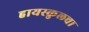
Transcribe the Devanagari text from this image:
हायस्‍कुलचा